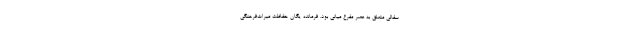
سفالی متعلق به عصر مفرغ میانی بود. فرمانده یگان حفاظت میراث‌فرهنگی